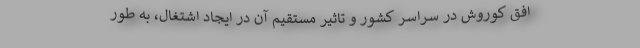
افق کوروش در سراسر کشور و تاثیر مستقیم آن در ایجاد اشتغال، به طور